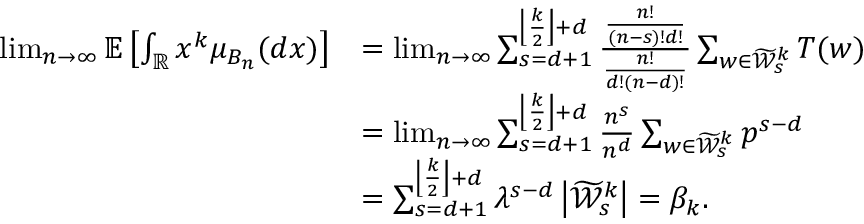
\begin{array} { r l } { \operatorname* { l i m } _ { n \rightarrow \infty } \mathbb { E } \left[ \int _ { \mathbb { R } } x ^ { k } \mu _ { B _ { n } } ( d x ) \right] } & { = \operatorname* { l i m } _ { n \rightarrow \infty } \sum _ { s = d + 1 } ^ { \left\lfloor \frac { k } { 2 } \right\rfloor + d } \frac { \frac { n ! } { ( n - s ) ! d ! } } { \frac { n ! } { d ! ( n - d ) ! } } \sum _ { w \in \widetilde { \mathcal { W } } _ { s } ^ { k } } T ( w ) } \\ & { = \operatorname* { l i m } _ { n \rightarrow \infty } \sum _ { s = d + 1 } ^ { \left\lfloor \frac { k } { 2 } \right\rfloor + d } \frac { n ^ { s } } { n ^ { d } } \sum _ { w \in \widetilde { \mathcal { W } } _ { s } ^ { k } } p ^ { s - d } } \\ & { = \sum _ { s = d + 1 } ^ { \left\lfloor \frac { k } { 2 } \right\rfloor + d } \lambda ^ { s - d } \left| \widetilde { \mathcal { W } } _ { s } ^ { k } \right| = \beta _ { k } . } \end{array}